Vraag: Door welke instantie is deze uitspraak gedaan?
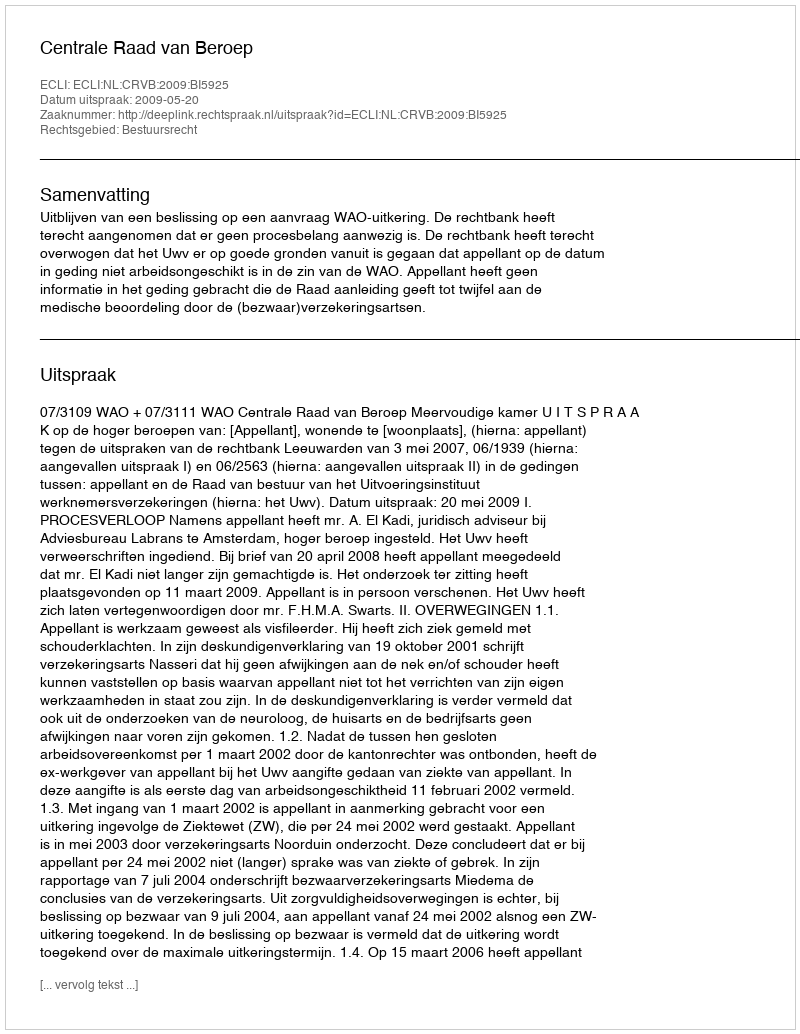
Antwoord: Centrale Raad van Beroep